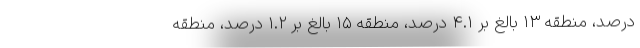
درصد، منطقه ۱۳ بالغ بر ۴.۱ درصد، منطقه ۱۵ بالغ بر ۱.۲ درصد، منطقه